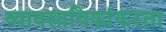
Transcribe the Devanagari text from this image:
व्यावसायिकांकरता